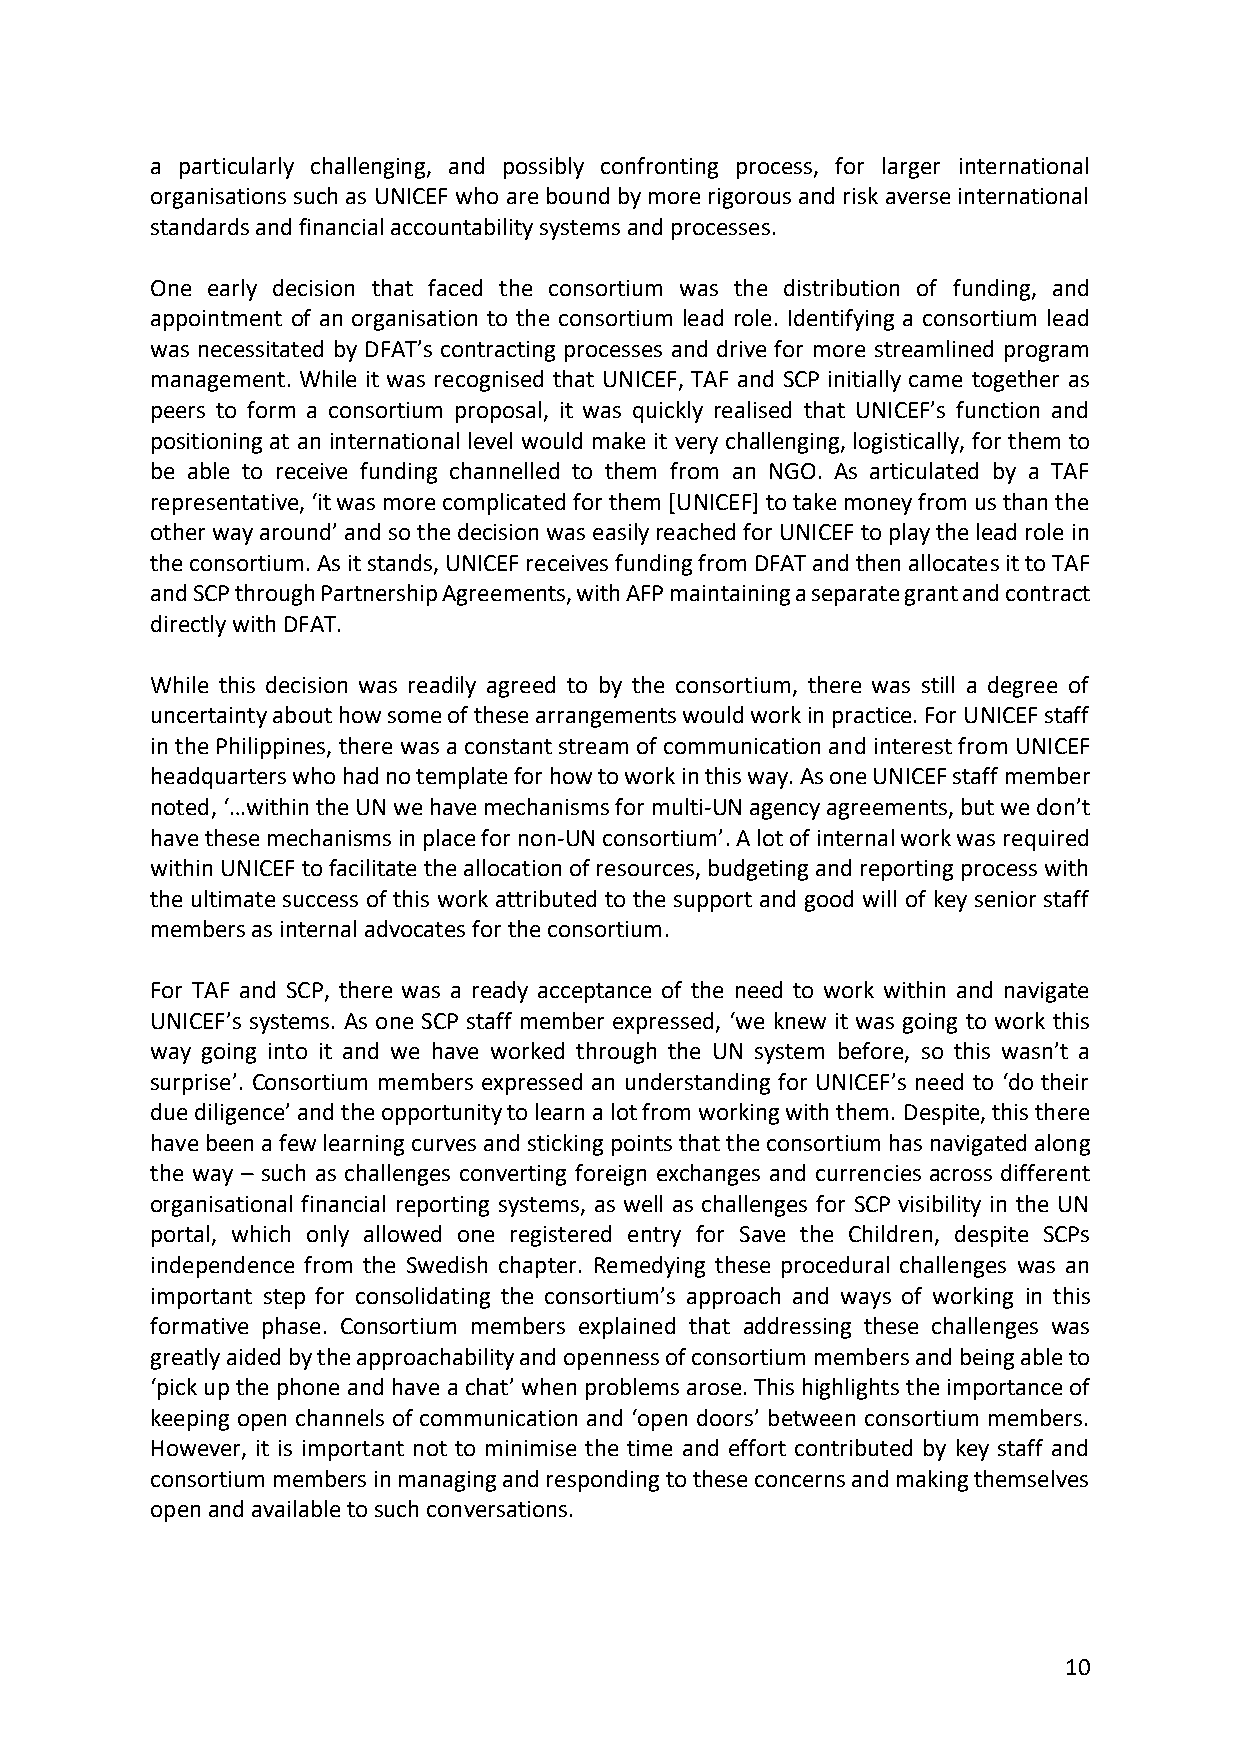
a particularly challenging, and possibly confronting process, for larger international
 organisations such as UNICEF who are bound by more rigorous and risk averse international
 standards and financial accountability systems and processes.
 One early decision that faced the consortium was the distribution of funding, and
 appointment of an organisation to the consortium lead role. Identifying a consortium lead
 was necessitated by DFAT’s contracting processes and drive for more streamlined program
 management. While it was recognised that UNICEF, TAF and SCP initially came together as
 peers to form a consortium proposal, it was quickly realised that UNICEF’s function and
 positioning at an international level would make it very challenging, logistically, for them to
 be able to receive funding channelled to them from an NGO. As articulated by a TAF
 representative, ‘it was more complicated for them [UNICEF] to take money from us than the
 other way around’ and so the decision was easily reached for UNICEF to play the lead role in
 the consortium. As it stands, UNICEF receives funding from DFAT and then allocates it to TAF
 and SCP through Partnership Agreements, with AFP maintaining a separate grant and contract
 directly with DFAT.
 While this decision was readily agreed to by the consortium, there was still a degree of
 uncertainty about how some of these arrangements would work in practice. For UNICEF staff
 in the Philippines, there was a constant stream of communication and interest from UNICEF
 headquarters who had no template for how to work in this way. As one UNICEF staff member
 noted, ‘…within the UN we have mechanisms for multi-UN agency agreements, but we don’t
 have these mechanisms in place for non-UN consortium’. A lot of internal work was required
 within UNICEF to facilitate the allocation of resources, budgeting and reporting process with
 the ultimate success of this work attributed to the support and good will of key senior staff
 members as internal advocates for the consortium.
 For TAF and SCP, there was a ready acceptance of the need to work within and navigate
 UNICEF’s systems. As one SCP staff member expressed, ‘we knew it was going to work this
 way going into it and we have worked through the UN system before, so this wasn’t a
 surprise’. Consortium members expressed an understanding for UNICEF’s need to ‘do their
 due diligence’ and the opportunity to learn a lot from working with them. Despite, this there
 have been a few learning curves and sticking points that the consortium has navigated along
 the way – such as challenges converting foreign exchanges and currencies across different
 organisational financial reporting systems, as well as challenges for SCP visibility in the UN
 portal, which only allowed one registered entry for Save the Children, despite SCPs
 independence from the Swedish chapter. Remedying these procedural challenges was an
 important step for consolidating the consortium’s approach and ways of working in this
 formative phase. Consortium members explained that addressing these challenges was
 greatly aided by the approachability and openness of consortium members and being able to
 ‘pick up the phone and have a chat’ when problems arose. This highlights the importance of
 keeping open channels of communication and ‘open doors’ between consortium members.
 However, it is important not to minimise the time and effort contributed by key staff and
 consortium members in managing and responding to these concerns and making themselves
 open and available to such conversations.
 10